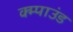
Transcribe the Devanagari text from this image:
क्म्पाउंड